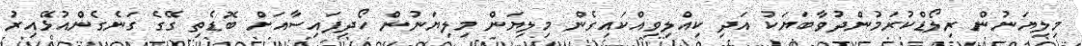
މިލިޔަނުން ރިލޯޑްކުރަމުންދުވާބަޔަކު އަދި ކިއްލިވިއްކައިގެން މިލިޔަން މިލިޔަނުން ހޯދިފައިސާއަށް ބޮޑެތި ގޭގެ ގަނެގެންއުޅޭއިރު